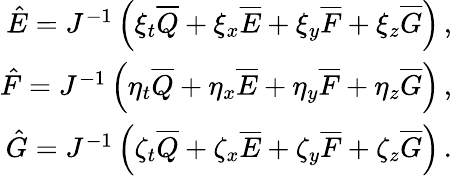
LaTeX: \begin{array}{r}{\hat{E}=J^{-1}\left(\xi_{t}\overline{{Q}}+\xi_{x}\overline{{E}}+\xi_{y}\overline{{F}}+\xi_{z}\overline{{G}}\right)\, \mathrm{,}}\\ {\hat{F}=J^{-1}\left(\eta_{t}\overline{{Q}}+\eta_{x}\overline{{E}}+\eta_{y}\overline{{F}}+\eta_{z}\overline{{G}}\right)\, \mathrm{,}}\\ {\hat{G}=J^{-1}\left(\zeta_{t}\overline{{Q}}+\zeta_{x}\overline{{E}}+\zeta_{y}\overline{{F}}+\zeta_{z}\overline{{G}}\right)\, \mathrm{.}}\end{array}